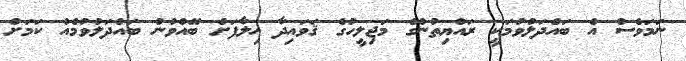
ނަމަވެސް އެ ބައްދަލުވުމަކީ ރައްޔިތުންގެ މަޖިލީހުގެ ޤަވައިދާ ޚިލާފަށް ބޭއްވުނު ބައްދަލުވުމެއް ކަމަށް